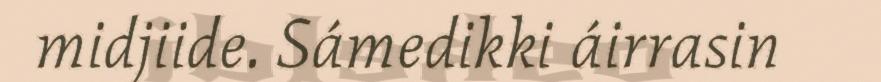
midjiide. Sámedikki áirrasin